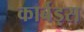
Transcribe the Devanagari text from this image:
कार्बैड्स